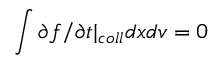
\int \partial f / \partial t \rvert _ { c o l l } d x d v = 0